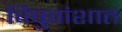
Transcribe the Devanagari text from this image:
विषुवांशात